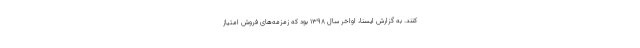
‌کنند. به گزارش ایسنا، اواخر سال ۱۳۹۸ بود که زمزمه‌های فروش امتیاز